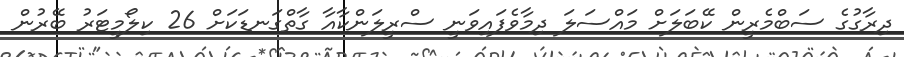
ދިރާގުގެ ސަބްމެރީން ކޭބަލަށް މައްސަލަ ދިމާވެފައިވަނީ ސްރީލަންކާއާ ގާތްގަނޑަކަށް 26 ކިލޯމީޓަރު ބޭރުން